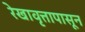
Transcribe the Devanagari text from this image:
रेखावृत्तापासून